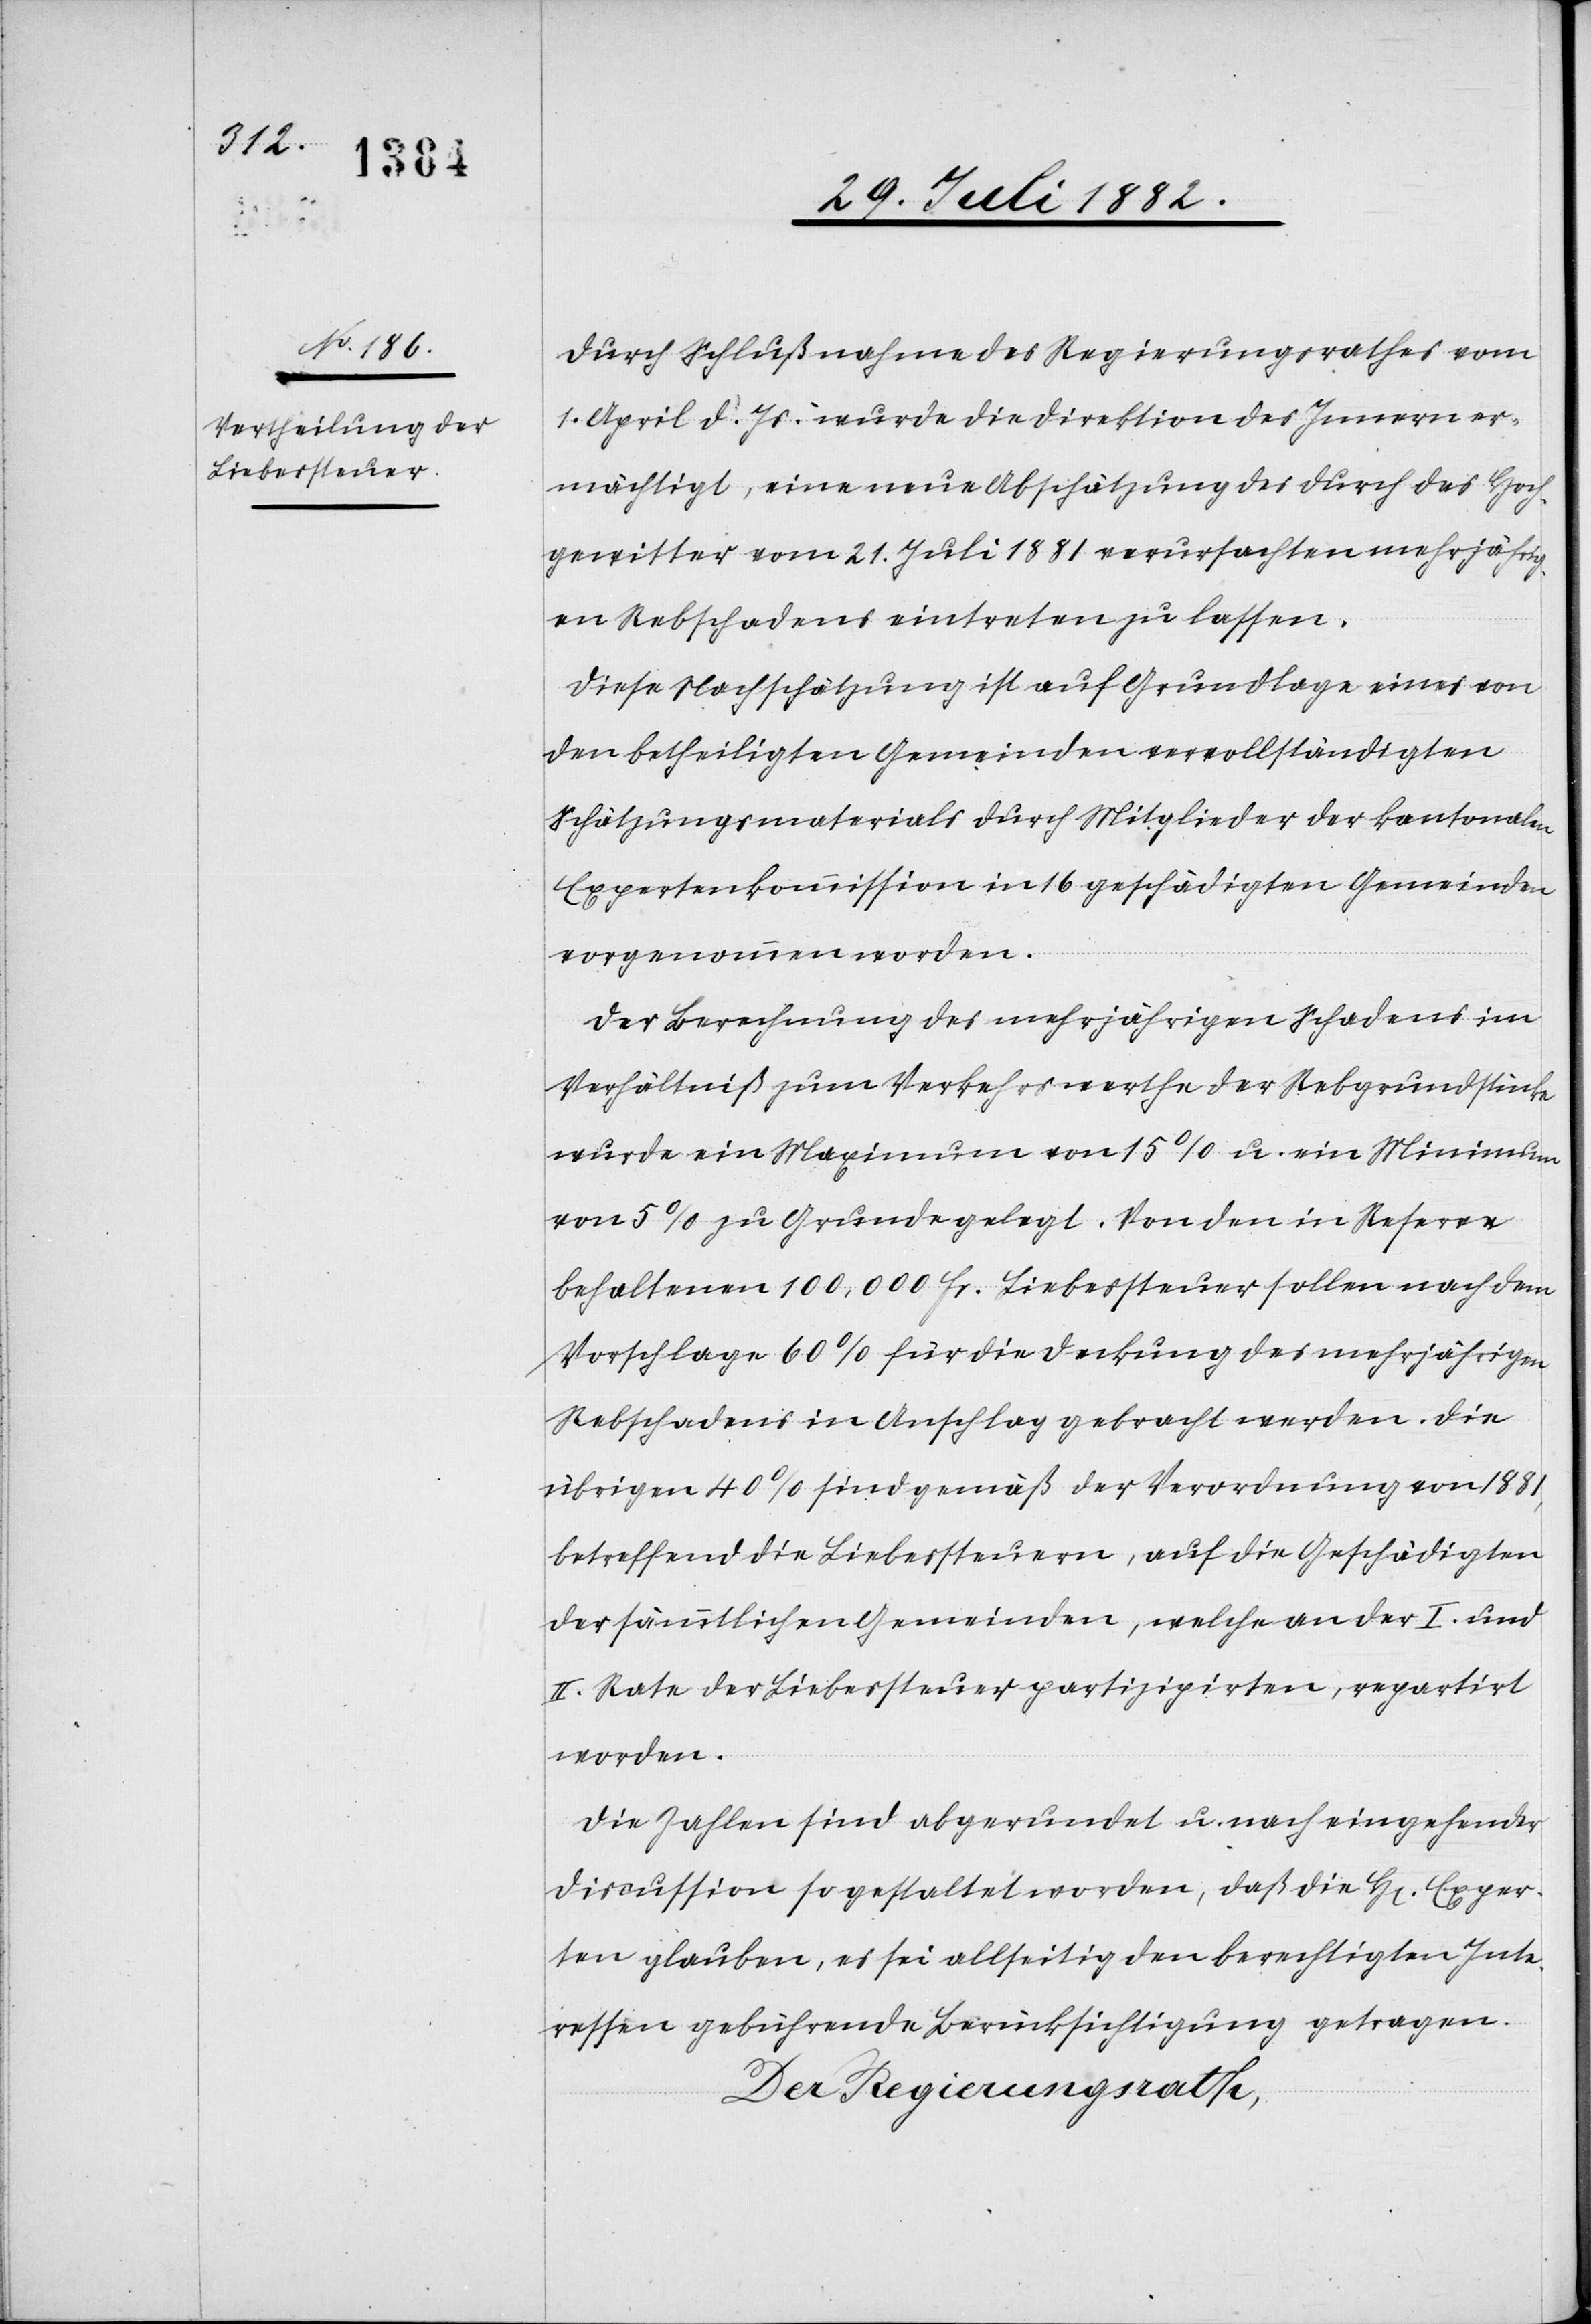
Durch Schlußnahme des Regierungsrathes vom
1. April d. Js. wurde die Direktion des Innern er¬
mächtigt, eine neue Abschätzung des durch das Hoch¬
gewitter vom 21. Juli 1881 verursachten mehrjährig¬
en Rebschadens eintreten zu lassen.
Diese Nachschätzung ist auf Grundlage eines von
den betheiligten Gemeinden vervollständigten
Schätzungsmaterials durch Mitglieder der kantonalen
Expertenkommission in 16 geschädigten Gemeinden
vorgenommen worden.
Der Berechnung des mehrjährigen Schadens im
Verhältniß zum Verkehrswerthe der Rebgrundstücke
wurde ein Maximum von 15% u. ein Minimum
von 5% zu Grunde gelegt. Von den in Reserve
behaltenen 100,000 Fr. Liebessteuern sollen nach dem
Vorschlage 60% für die Deckung des mehrjährigen
Rebschadens in Anschlag gebracht werden. Die
übrigen 40% sind gemäß der Verordnung von 1881,
betreffend die Liebessteuern, auf die Geschädigten
der sämmtlichen Gemeinden, welche an der I. und
II. Rate der Liebessteuer partizipirten, repartirt
worden.
Die Zahlen sind abgerundet u. nach eingehender
Discussion so gestaltet worden, daß die H[en] Exper¬
ten glauben, es sei allseitig den berechtigten Inte¬
ressen gebührende Berücksichtigung getragen.
Der Regierungsrath,